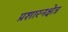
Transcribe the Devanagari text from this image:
प्रशारनक्षेत्र